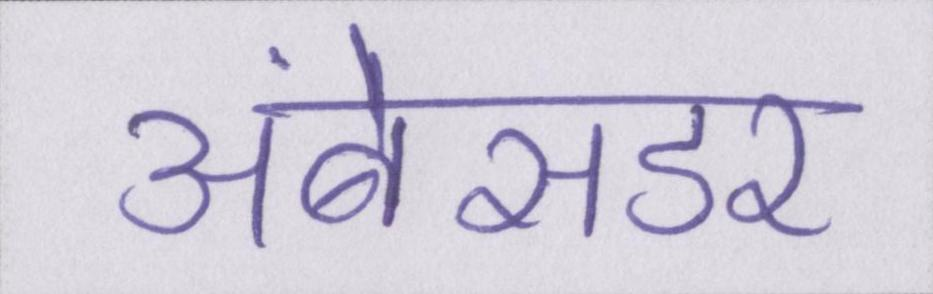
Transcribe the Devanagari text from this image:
अंबेसडर